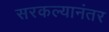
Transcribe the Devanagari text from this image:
सरकल्यानंतर